Leaving Certificate Examination, 1910
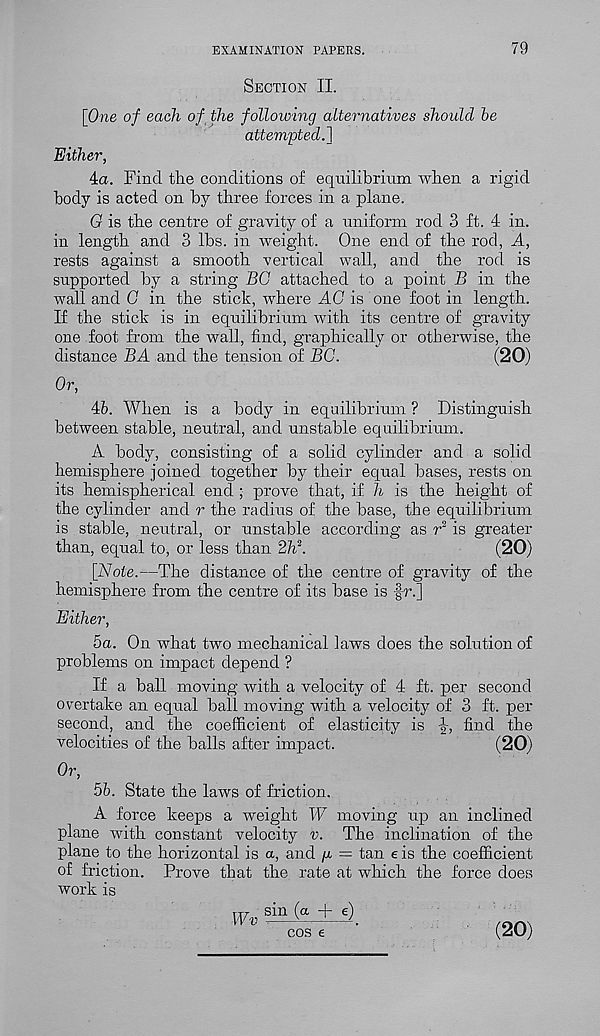
EXAMINATION PAPERS.
79
Section II.
[One of each of the following alternatives should be
attempted.]
Either,
da. Find tlie conditions of equilibrium when a rigid
body is acted on by three forces in a plane.
G is the centre of gravity of a uniform rod 3 ft. 4 in.
in length and 3 lbs. in weight. One end of the rod, A,
rests against a smooth vertical wall, and the rod is
supported by a string BG attached to a point B in the
wall and G in the stick, where AG is one foot in length.
If the stick is in equilibrium with its centre of gravity
one foot from the wall, find, graphically or otherwise, the
distance BA and the tension of BG.
(20)
Or,
Ab. When is a body in equilibrium ? Distinguish
between stable, neutral, and unstable equilibrium.
A body, consisting of a solid cylinder and a solid
hemisphere joined together by their equal bases, rests on
its hemispherical end ; prove that, if h is the height of
the cylinder and r the radius of the base, the equilibrium
is stable, neutral, or unstable according as r 2 is greater
than, equal to, or less than 2h 2 .
(20)
[Note.—The distance of the centre of gravity of the
hemisphere from the centre of its base is fr.]
Either,
ha. On what two mechanical laws does the solution of
problems on impact depend ?
If a ball moving with a velocity of 4 ft. per second
overtake an equal ball moving with a velocity of 3 ft. per
second, and the coefficient of elasticity is
find the
velocities of the balls after impact.
(20)
Or,
5b. State the laws of friction.
A force keeps a weight W moving up an inclined
plane with constant velocity v. The inclination of the
plane to the horizontal is a, and p = tan e is the coefficient
of friction. Prove that the rate at which the force does
work is
sin (a + 6
cos e